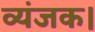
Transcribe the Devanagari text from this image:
व्यंजक।